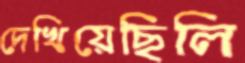
দেখিয়েছিলি